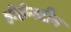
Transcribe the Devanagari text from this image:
होहेन्स्टीन